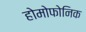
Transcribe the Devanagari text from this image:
होमोफोनिक